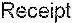
RECEIPT